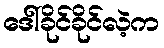
ဒေါ်ခိုင်ခိုင်လဲ့က